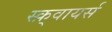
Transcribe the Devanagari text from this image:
स्क़्वायर्स